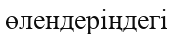
өлендеріңдегі